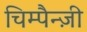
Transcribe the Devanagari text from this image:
चिम्पैन्ज़ी